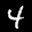
Label: 4